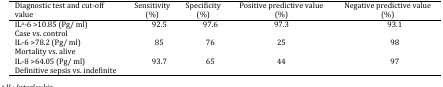
| Diagnostic test and cut-off value | Sensitivity (%) | Specificity (%) | Positive predictive value (%) | Negative predictive value (%) |
 | --- | --- | --- | --- | --- |
 | ILa-6 >10.85 (Pg/ ml)Case vs. control | 92.5 | 97.6 | 97.3 | 93.1 |
 | IL-6 >78.2 (Pg/ ml)Mortality vs. alive | 85 | 76 | 25 | 98 |
 | IL-8 >64.05 (Pg/ ml)Definitive sepsis vs. indefinite | 93.7 | 65 | 44 | 97 |